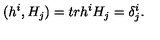
( h ^ { i } , H _ { j } ) = t r h ^ { i } H _ { j } = \delta _ { j } ^ { i } .